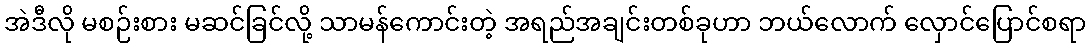
အဲဒီလို မစဉ်းစား မဆင်ခြင်လို့ သာမန်ကောင်းတဲ့ အရည်အချင်းတစ်ခုဟာ ဘယ်လောက် လှောင်ပြောင်စရာ